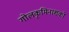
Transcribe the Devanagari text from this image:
गोलकृमिनाशकों